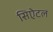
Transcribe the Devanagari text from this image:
सिऐटल